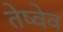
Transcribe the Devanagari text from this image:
तेष्वेव